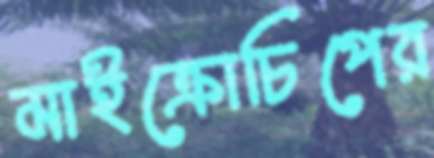
মাইক্রোচিপের